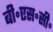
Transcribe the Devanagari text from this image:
बी॰एस॰सी॰